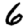
Digit: 6